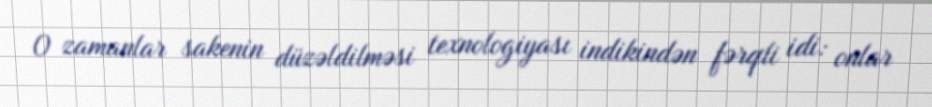
O zamanlar sakenin düzəldilməsi texnologiyası indikindən fərqli idi: onlar